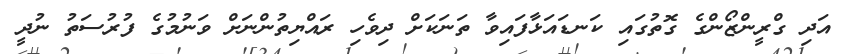
އަދި ގްރީންޒޯންގެ ގޮތުގައި ކަނޑައަޅާފައިވާ ތަނަކަށް ދިވެހި ރައްޔިތުންނަށް ވަނުމުގެ ފުރުސަތު ނުދީ